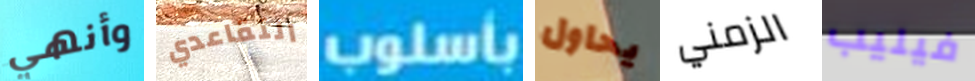
وأنهي التقاعدي بأسلوب يحاول الزمني فيليب